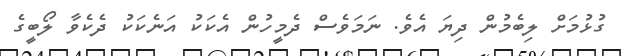
ގުޅުމަށް ލިބެމުން ދިޔަ އެވެ. ނަމަވެސް ދެމީހުން އެކަކު އަނެކަކު ދެކެވާ ލޯބީގެ